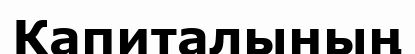
Капиталының